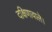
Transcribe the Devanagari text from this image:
दक्षिणावाले।